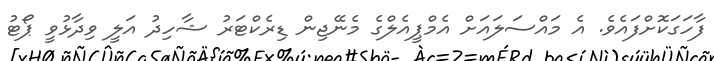
ފާހަގަކޮށްފައެވެ. އެ މައްސަލައަށް އެމްޕީއެލްގެ މެނޭޖިން ޑިރެކްޓަރު ޝާހިދު އަލީ ވިދާޅުވީ ޕޯޓު